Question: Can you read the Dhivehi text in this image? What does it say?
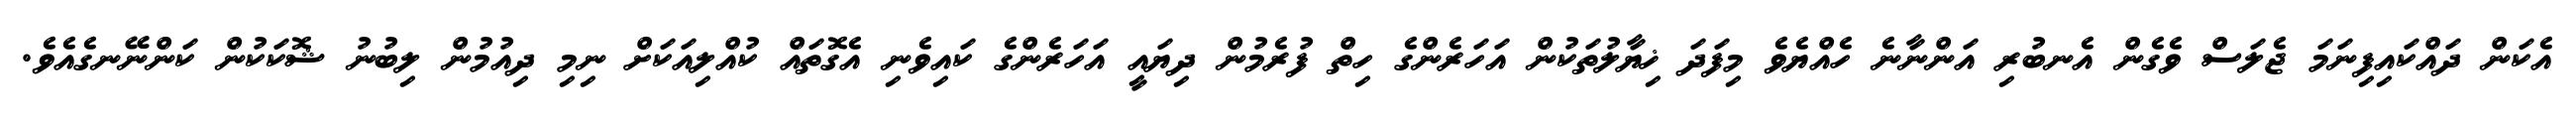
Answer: އެކަން ދައްކައިފިނަމަ ޖެލަސް ވެގެން އެނބުރި އަންނާނެ ހެއްޔެވެ މިފަދަ ޚިޔާލުތަކުން އަހަރެންގެ ހިތް ފުރެމުން ދިޔައީ އަހަރެންގެ ކައިވެނި އެގޮތައް ކުއްލިއަކަށް ނިމި ދިއުމުން ލިބުނު ޝޮކަކުން ކަންނޭނގެއެވެ.